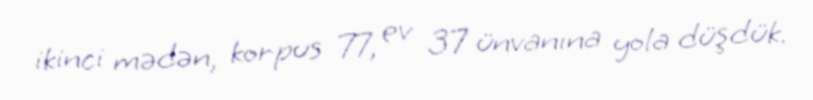
ikinci mədən, korpus 77, ev 37 ünvanına yola düşdük.